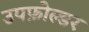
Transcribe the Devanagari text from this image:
उपफ़ोल्डर